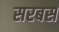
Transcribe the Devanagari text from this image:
सरबस